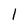
Character: 1